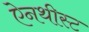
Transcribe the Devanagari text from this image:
ऐनथीस्ट